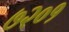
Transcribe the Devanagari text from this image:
७२०१